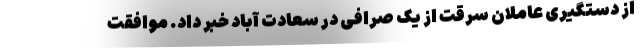
از دستگیری عاملان سرقت از یک صرافی در سعادت آباد خبر داد. موافقت